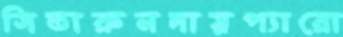
সিতারুনদায়প্যারো